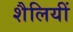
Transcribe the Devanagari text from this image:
शैलियीं